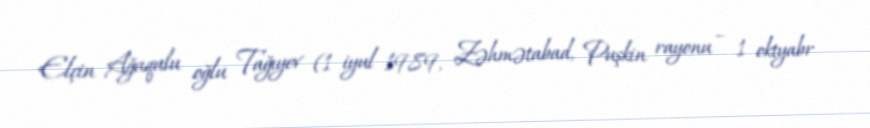
Elçin Ağaqulu oğlu Tağıyev (1 iyul 1989, Zəhmətabad, Puşkin rayonu – 1 oktyabr